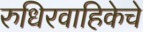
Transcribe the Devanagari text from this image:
रुधिरवाहिकेचे